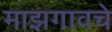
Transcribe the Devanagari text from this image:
माझगावचे